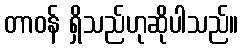
တာဝန် ရှိသည်ဟုဆိုပါသည်။